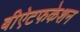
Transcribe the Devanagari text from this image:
बीऐटफकेशन